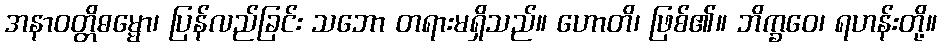
အနာဝတ္တိဓမ္မော၊ ပြန်လည်ခြင်း သဘော တရားမရှိသည်။ ဟောတိ၊ ဖြစ်၏။ ဘိက္ခဝေ၊ ရဟန်းတို့။